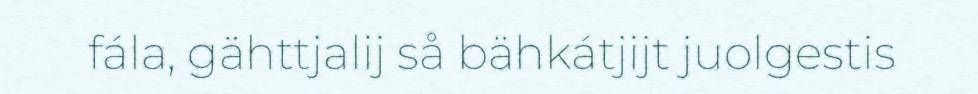
fála, gähttjalij så bähkátjijt juolgestis